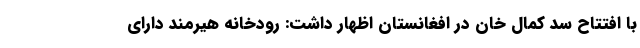
با افتتاح سد کمال خان در افغانستان اظهار داشت: رودخانه هیرمند دارای